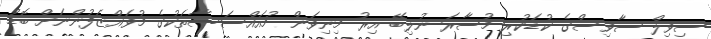
ސިވިލް ސާވިސްގެ ކުޑަކުރި މުސާރަ ނުލިބޭ އިރު މިނިވަން މުއައްސަސާތަކުގެ މުވައްޒަފުންނަށް ބޮޑު